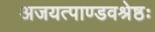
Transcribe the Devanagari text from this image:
अजयत्पाण्डवश्रेष्ठः